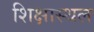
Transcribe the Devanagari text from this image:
शिक्षास्थल